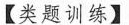
【类题训练】